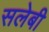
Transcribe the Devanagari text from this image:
सलेबी